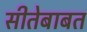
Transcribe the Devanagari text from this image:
सीतेबाबत